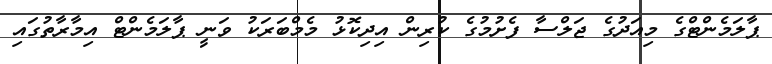
ޕާލަމެންޓްގެ މިއަދުގެ ޖަލްސާ ފެށުމުގެ ކުރިން އިދިކޮޅު މެމްބަރަކު ވަނީ ޕާލަމެންޓް އިމާރާތުގައި